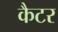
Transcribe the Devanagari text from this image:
कैटर